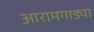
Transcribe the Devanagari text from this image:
आरामगाड्या